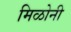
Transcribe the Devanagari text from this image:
मिळोनी